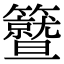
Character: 𥷛